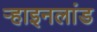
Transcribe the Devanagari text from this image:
ऱ्हाइनलांड